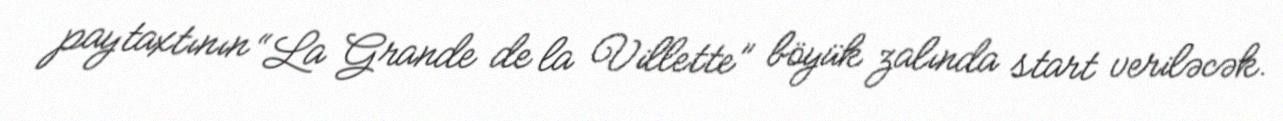
paytaxtının “La Grande de la Villette” böyük zalında start veriləcək.